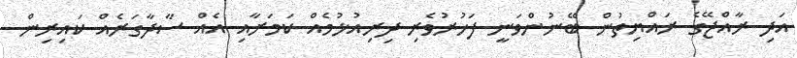
އަދި ރާއްޖޭގެ ރައްޔިތުން ބޭނުންވަނީ ފަހުރުވެރި ދިރިއުޅުމެއް ކަމަށާއި އެއް ސާދާގަރެއް ކައިރިން